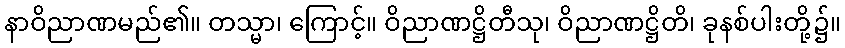
နာဝိညာဏမည်၏။ တသ္မာ၊ ကြောင့်။ ဝိညာဏဋ္ဌိတီသု၊ ဝိညာဏဋ္ဌိတိ၊ ခုနစ်ပါးတို့၌။